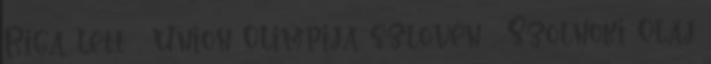
Riga lett , Union Olimpija szlovén , Szolnoki Olaj